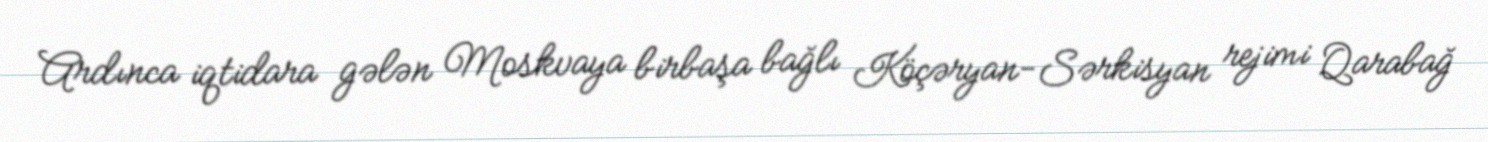
Ardınca iqtidara gələn Moskvaya birbaşa bağlı Köçəryan-Sərkisyan rejimi Qarabağ